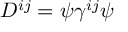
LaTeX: D ^ { i j } = \psi \gamma ^ { i j } \psi